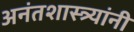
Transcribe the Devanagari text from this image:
अनंतशास्त्र्यांनी